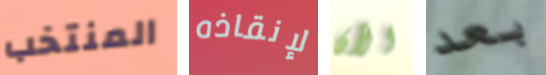
المنتخب لإنقاذه الآن بعد